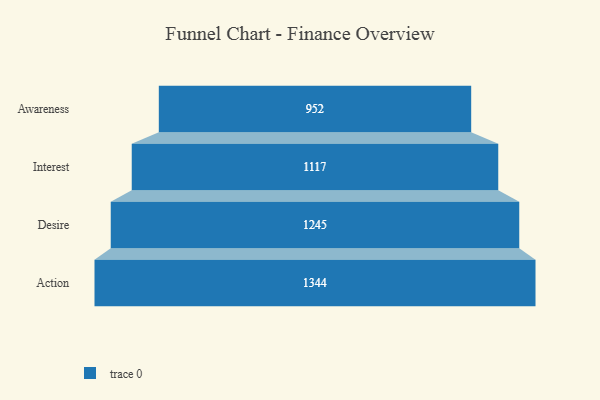
{"axis": {"x": "Stage", "y": "Value"}, "legend": [""], "data": [{"x": "Awareness", "y": 952.0, "type": ""}, {"x": "Interest", "y": 1117.0, "type": ""}, {"x": "Desire", "y": 1245.0, "type": ""}, {"x": "Action", "y": 1344.0, "type": ""}]}